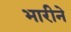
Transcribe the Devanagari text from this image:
भारीने